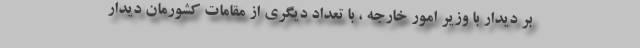
بر دیدار با وزیر امور خارجه ، با تعداد دیگری از مقامات کشورمان دیدار